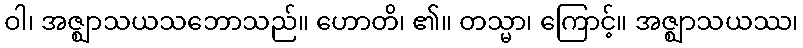
ဝါ၊ အဇ္ဈာသယသဘောသည်။ ဟောတိ၊ ၏။ တသ္မာ၊ ကြောင့်။ အဇ္ဈာသယဿ၊